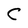
Character: C